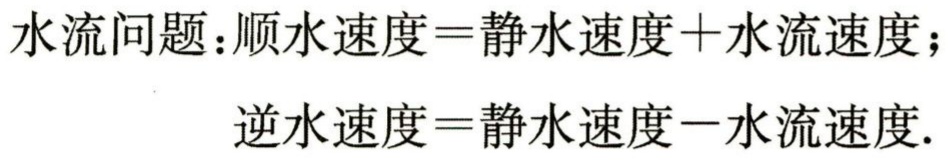
水流问题：\(顺水速度 = 静水速度 + 水流速度\)；

\(逆水速度 = 静水速度 - 水流速度\).